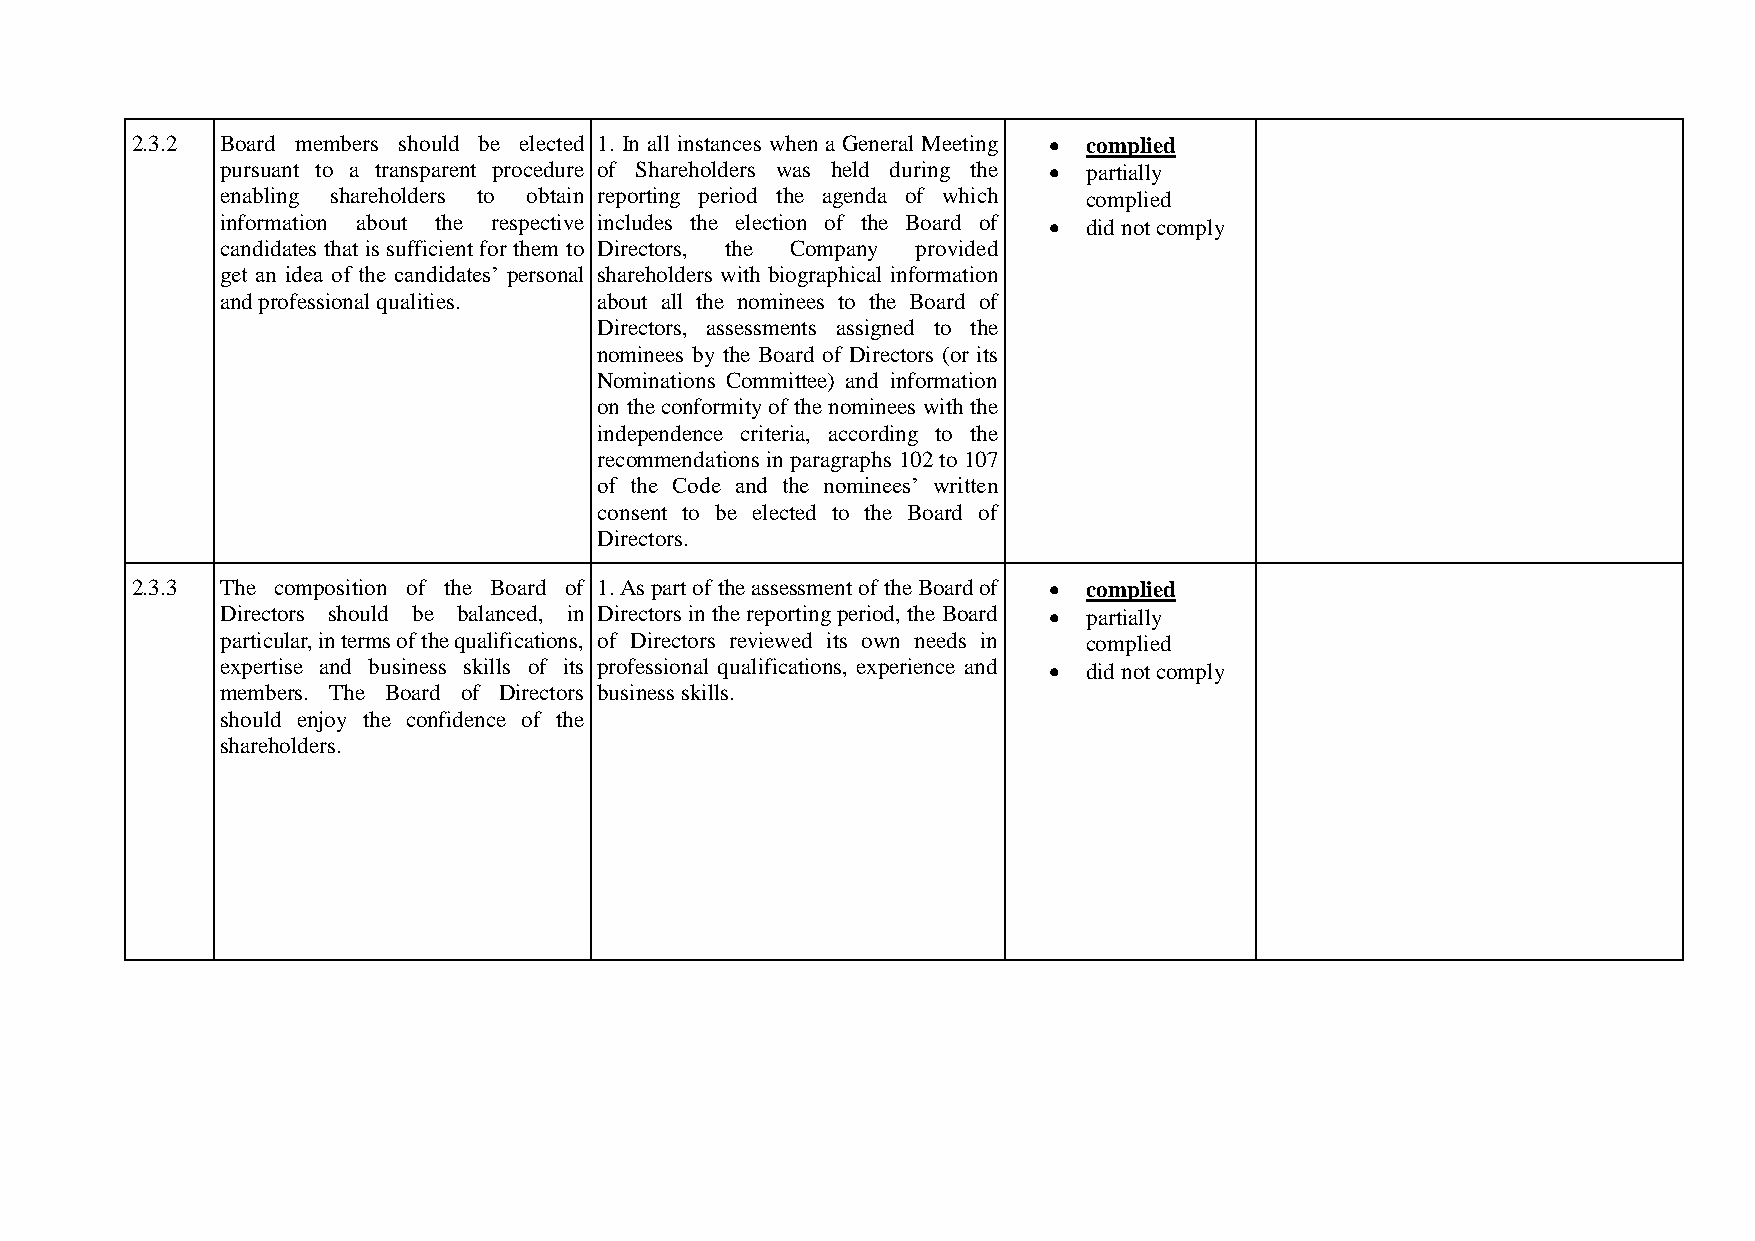
2.3.2 Board members should be elected 1. In all instances when a General Meeting  complied
 pursuant to a transparent procedure of Shareholders was held during the  partially
 enabling shareholders to obtain reporting period the agenda of which complied
 information about the respective includes the election of the Board of  did not comply
 candidates that is sufficient for them to Directors, the Company provided
 get an idea of the candidates’ personal shareholders with biographical information
 and professional qualities. about all the nominees to the Board of
 Directors, assessments assigned to the
 nominees by the Board of Directors (or its
 Nominations Committee) and information
 on the conformity of the nominees with the
 independence criteria, according to the
 recommendations in paragraphs 102 to 107
 of the Code and the nominees’ written
 consent to be elected to the Board of
 Directors.
 2.3.3 The composition of the Board of 1. As part of the assessment of the Board of  complied
 Directors should be balanced, in Directors in the reporting period, the Board  partially
 particular, in terms of the qualifications, of Directors reviewed its own needs in complied
 expertise and business skills of its professional qualifications, experience and  did not comply
 members. The Board of Directors business skills.
 should enjoy the confidence of the
 shareholders.